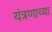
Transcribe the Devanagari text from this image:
यंत्रणाच्या